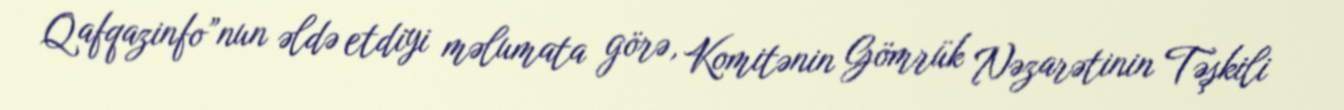
Qafqazinfo”nun əldə etdiyi məlumata görə, Komitənin Gömrük Nəzarətinin Təşkili